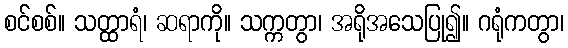
စင်စစ်။ သတ္ထာရံ၊ ဆရာကို။ သက္ကတွာ၊ အရိုအသေပြု၍။ ဂရုံကတွာ၊